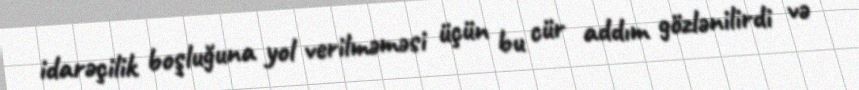
idarəçilik boşluğuna yol verilməməsi üçün bu cür addım gözlənilirdi və